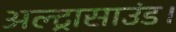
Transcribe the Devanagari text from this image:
अल्ट्रासाउंड।